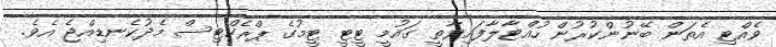
ވެއްޓި އެތަން ބޭނުންކުރުން ހުއްޓާލާފައިވާތީ ގައުމީ ޓީޓީ ޓީމުގެ ޕްރެކްޓިސް މެދުކެނޑިއްޖެ އެވެ.